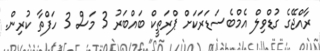
ރާއްޖޭގެ ގުޑްވިލް އެމްބެސަޑަރަކަށް ޕްރަތީކް ބައްބަރު 3 މަސް 3 ހަފްތާ ކުރިން.